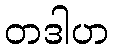
တဒါဟ